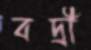
বদ্রী